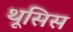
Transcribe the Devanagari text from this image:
थूसिस